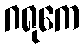
ဂရုကေ